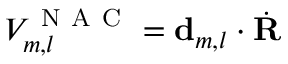
V _ { m , l } ^ { \mathrm { ~ N ~ A ~ C ~ } } = { \bf { d } } _ { m , l } \cdot \dot { \bf { R } }